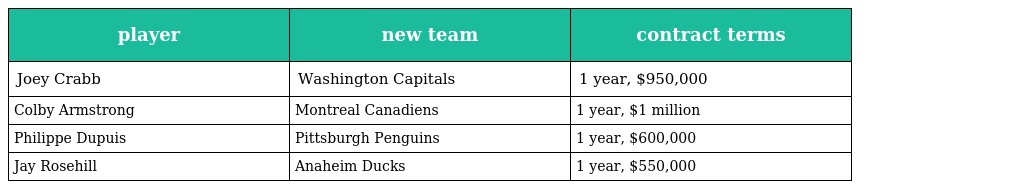
| player | new team | contract terms |
 | --- | --- | --- |
 | Joey Crabb | Washington Capitals | 1 year, $950,000 |
 | Colby Armstrong | Montreal Canadiens | 1 year, $1 million |
 | Philippe Dupuis | Pittsburgh Penguins | 1 year, $600,000 |
 | Jay Rosehill | Anaheim Ducks | 1 year, $550,000 |